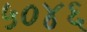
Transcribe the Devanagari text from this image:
५०४६